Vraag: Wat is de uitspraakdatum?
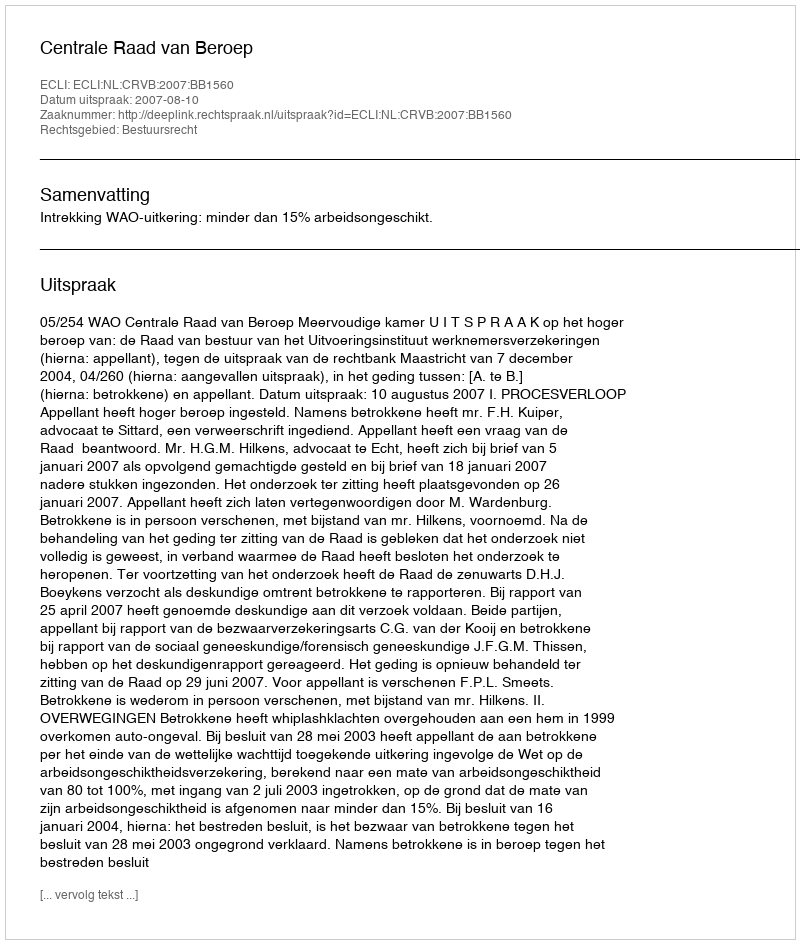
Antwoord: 2007-08-10